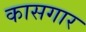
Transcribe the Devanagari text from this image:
कासगार